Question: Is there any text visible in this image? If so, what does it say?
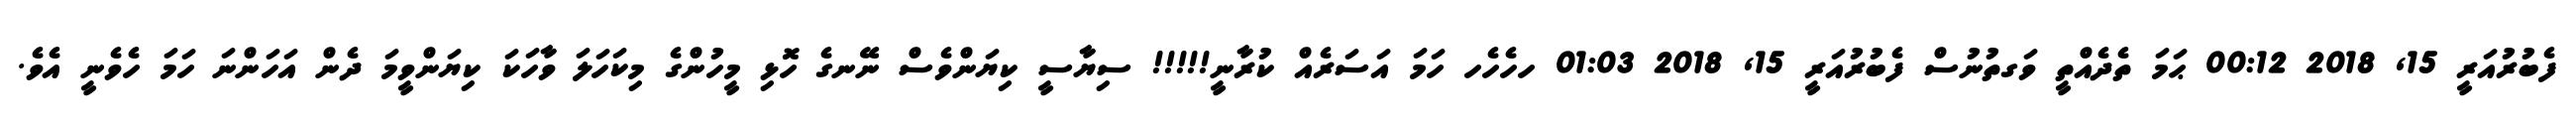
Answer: ފެބުރުއަރީ 15, 2018 00:12 ޙަމަ ތެދެއްތީ ވަގތުނުސް ފެބުރުއަރީ 15, 2018 01:03 ހހެހެހ ހަމަ އަސަރެއް ކުރާނީ!!!!! ސިޔާސީ ކިޔަންވެސް ނޭނގެ ހޮޅި މީހުންގެ މިކަހަލަ ވާހަކަ ކިޔަންވީމަ ދެން އަހަންނަ ހަމަ ހެވެނީ އެވެ.